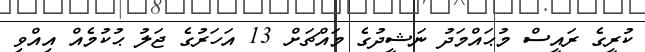
ކުރީގެ ރައީސް މުޙައްމަދު ނަޝީދުގެ މައްޗަށް 13 އަހަރުގެ ޖަލު ޙުކުމެއް އިއްވި